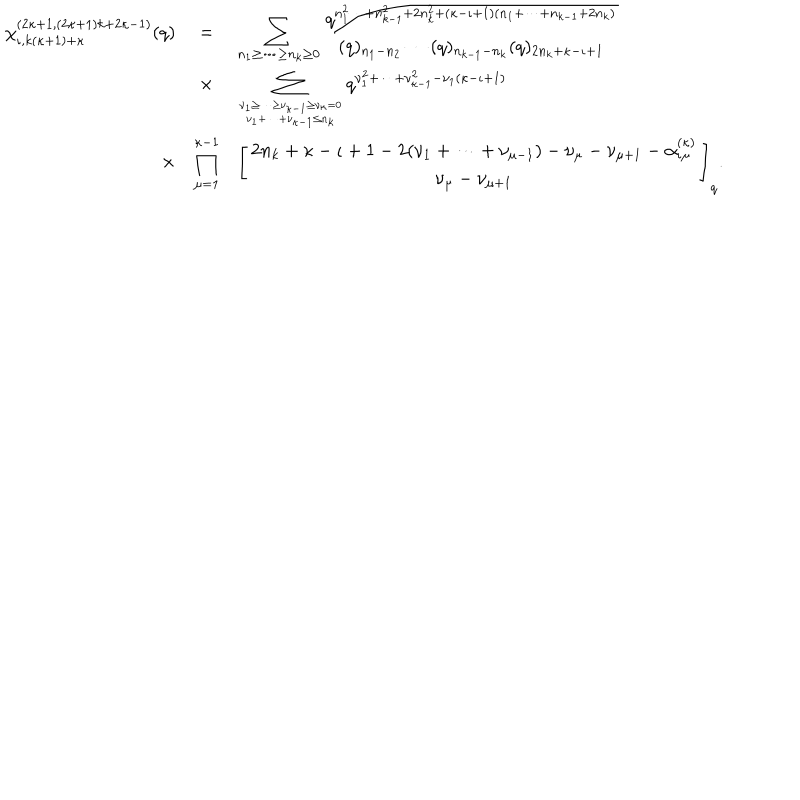
LaTeX: \begin{array} { r c l } { { \chi _ { \iota , k ( \kappa + 1 ) + \kappa } ^ { ( 2 \kappa + 1 , ( 2 \kappa + 1 ) k + 2 \kappa - 1 ) } ( q ) } } & { { = } } & { { \displaystyle \sum _ { n _ { 1 } \geq \cdots \geq n _ { k } \geq 0 } \frac { q ^ { n _ { 1 } ^ { 2 } \cdots + n _ { k - 1 } ^ { 2 } + 2 n _ { k } ^ { 2 } + ( \kappa - \iota + 1 ) ( n _ { 1 } + \cdots + n _ { k - 1 } + 2 n _ { k } ) } } { ( q ) _ { n _ { 1 } - n _ { 2 } } \cdots ( q ) _ { n _ { k - 1 } - n _ { k } } ( q ) _ { 2 n _ { k } + \kappa - \iota + 1 } } } } \\ { { } } & { { \times } } & { { \displaystyle \sum _ { \nu _ { 1 } \geq \cdots \geq \nu _ { \kappa - 1 } \geq \nu _ { \kappa } = 0 \atop \nu _ { 1 } + \cdots + \nu _ { \kappa - 1 } \leq n _ { k } } q ^ { \nu _ { 1 } ^ { 2 } + \cdots + \nu _ { \kappa - 1 } ^ { 2 } - \nu _ { 1 } ( \kappa - \iota + 1 ) } } } \\ { { \times } } & { { \displaystyle \prod _ { \mu = 1 } ^ { \kappa - 1 } } } & { { \displaystyle \left[ \begin{array} { c } { { 2 n _ { k } + \kappa - \iota + 1 - 2 ( \nu _ { 1 } + \cdots + \nu _ { \mu - 1 } ) - \nu _ { \mu } - \nu _ { \mu + 1 } - \alpha _ { \iota \mu } ^ { ( \kappa ) } } } \\ { { \nu _ { \mu } - \nu _ { \mu + 1 } } } \\ \end{array} \right] _ { q } . } } \\ \end{array}